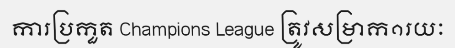
ការប្រកួត Champions League ត្រូវសម្រាក១រយៈ